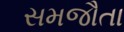
સમજૌતા